Madras plague regulations and rules - Volume 1
Disease focus: Plague
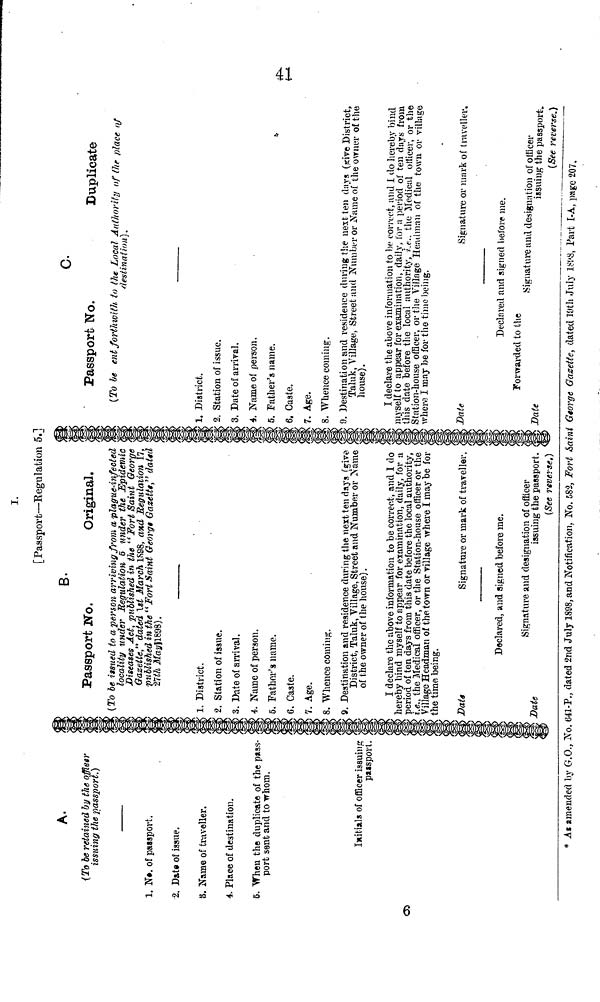
I.
[Passport—Regulation 5.]
A.
(To be retained by the officer
issuing the passport.)
1. No. of passport.
2. Date of issue.
8. Name of traveller.
4. Place of destination.
6. When the duplicate of the pass-
port sent and to whom.
Initials of officer issuing
passport.
05
B.
Passport Wo.
Original.
(To be issued to a person arriving from a plague-infected <
locality under Regulation 6 under the Epidemic
Diseases Act, published in the "Fort Saint George
Gazette," dated 1st March 1898, and Regulation 17,
published in the "Fort Saint George Gazette," dated
27th
May1898).
1. District.
2. Station of issue.
3. Date of arrival.
4. Name of person.
5. Father's name.
C. Caste.
7. Age.
8. Whence coming.
9. Destination and residence during the next ten days (give
District, Taluk, Village, Street and Number or Name
of the owner of the house).
I declare the above information to be correct, and 1 do
hereby bind myself to appear for examination, daily, for a
period of ten days from this date before the local authority,
i.e., the Medical officer, or the Station-house officer or the
Village Headman of the town or village where I may be for
the time being.
Data
Signature or mark of traveller.
Declared, and signed before me.
Signature and designation of officer
Date
issuing the passport.
(See reverse,)
C.
Passport No.
Duplicate
(To be ent forthwith to the Local Authority of the place of
destination).
1.
District.
2.
Station of issue.
3.
Date of arrival.
4.
Name of person.
5.
Father's name.
6
. Caste.
7. Age.
8. Whence coming.
9. Destination and residence during the next ten days (give District,
Taluk,
Village, Street and Number or Name of the owner of the
house).
I
declare the above information to be correct, and I do hereby bind
myself to appear for examination, daily, for a period of ten days from
this
date before the local authority, i.e.. the Medical officer, or the
Station-house
officer, or the Village Headman of the town or village
where I may be for the time being.
Date
Signature or mark of traveller.
Declared and signed before me.
Forwarded to the
Signature and designation of officer
Date
issuing the passport.
(See reverse.)
* A« amended by G.O., No. 641-P., dated 2nd July 1898, and Notification. No. 582, Fort Saint George Gazette, dated 19th July 1898, Part I-A, page 207.